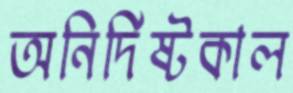
অনির্দিষ্টকাল